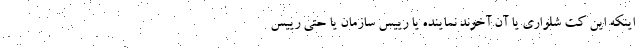
اینکه این کت شلواری یا آن آخوند نماینده یا رییس سازمان یا حتی رییس